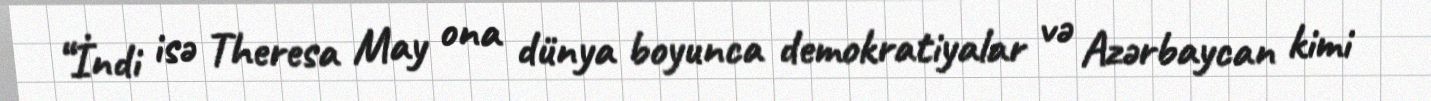
“İndi isə Theresa May ona dünya boyunca demokratiyalar və Azərbaycan kimi